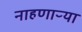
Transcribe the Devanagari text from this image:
नाहणाऱ्या